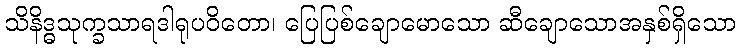
သိနိဒ္ဓသုက္ခသာရဒါရုပဝိတော၊ ပြေပြစ်ချောမောသော ဆီချောသောအနှစ်ရှိသော